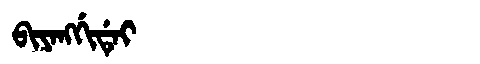
Manchu: ᠪᡳᠶᠠᠩᡤᡳᡩᡝᡳ
Romanization: BIYANGGIDEI